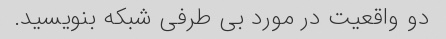
دو واقعیت در مورد بی طرفی شبکه بنویسید.